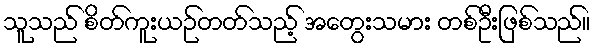
သူသည် စိတ်ကူးယဉ်တတ်သည့် အတွေးသမား တစ်ဦးဖြစ်သည်။